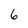
Character: 6